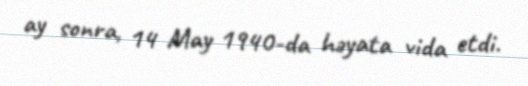
ay sonra, 14 May 1940-da həyata vida etdi.